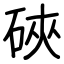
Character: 硤